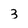
Character: 3